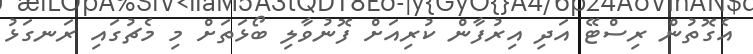
އެގޮތުން ރިސްޓޭ އަދި އިރުފާން ކުރިއަށް ފޮނުވާލި ބޯޅަތަށް މި މެޗުގައި ރަނގަޅު